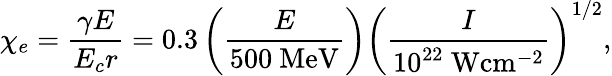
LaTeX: \chi_{e}=\frac{\gamma E}{E_{c}r}=0.3\left(\frac{E}{500~\mathrm{MeV}}\right)\left(\frac{I}{10^{22}~\mathrm{W}\mathrm{cm}^{-2}}\right)^{1/2},